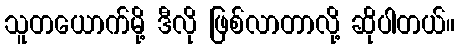
သူတယောက်မို့ ဒီလို ဖြစ်လာတာလို့ ဆိုပါတယ်။